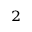
^ 2